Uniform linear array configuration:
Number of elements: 8
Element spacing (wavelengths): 1
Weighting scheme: binomial
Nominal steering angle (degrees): -30
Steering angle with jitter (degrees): -31.477
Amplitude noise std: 0.05
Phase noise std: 0.05

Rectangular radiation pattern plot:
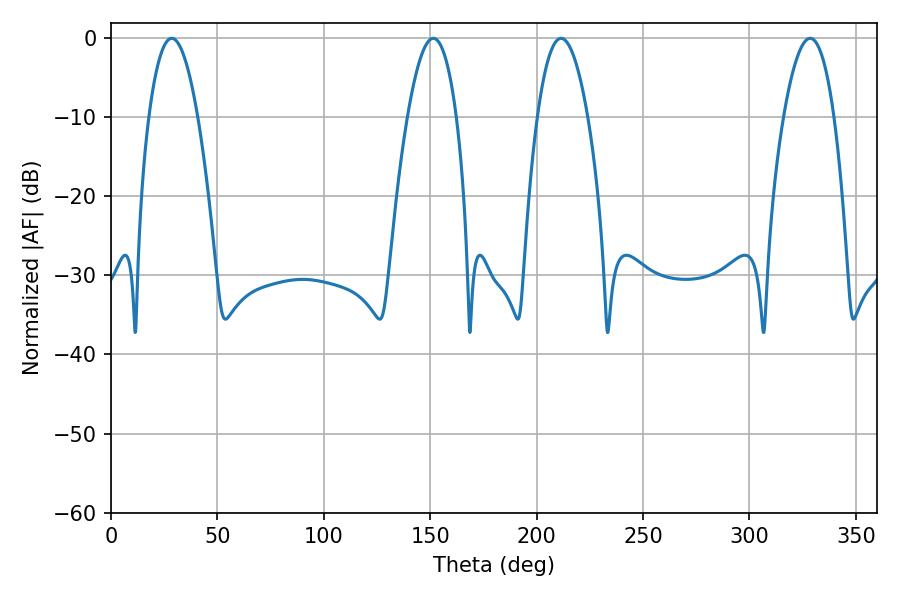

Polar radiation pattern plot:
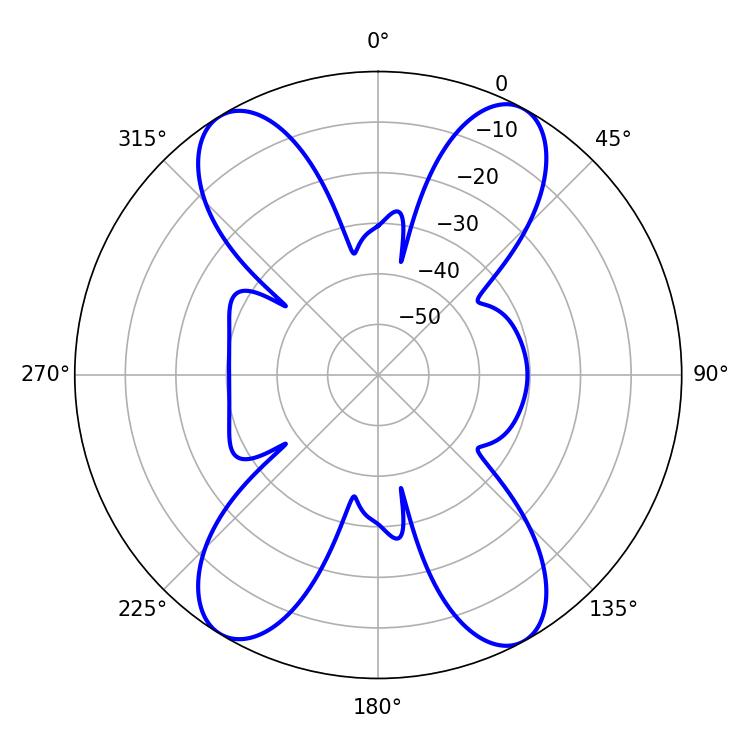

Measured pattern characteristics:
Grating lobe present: TRUE
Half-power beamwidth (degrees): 12.96
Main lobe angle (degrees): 211.5